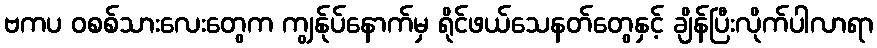
ဗကပ ဝစစ်သားလေးတွေက ကျွန်ုပ်နောက်မှ ရိုင်ဖယ်သေနတ်တွေနှင့် ချိန်ပြီးလိုက်ပါလာရာ